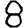
Digit: 8